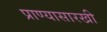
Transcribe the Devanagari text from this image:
प्राण्यासारखी